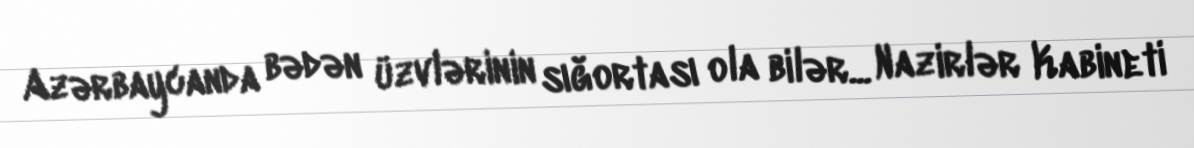
Azərbaycanda bədən üzvlərinin sığortası ola bilər... Nazirlər Kabineti